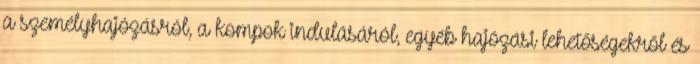
a személyhajózásról, a kompok indulásáról, egyéb hajózási lehetőségekről és